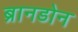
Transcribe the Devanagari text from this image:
ब्रानडोन